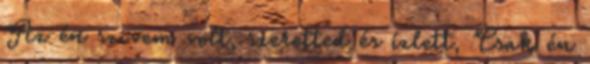
Az én szivem volt, szeretted és ízlett, Csak én